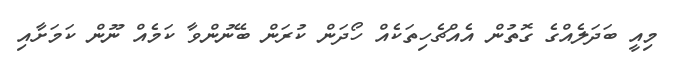
މިއީ ބަދަލެއްގެ ގޮތުން އެއްޗެހިތަކެއް ހޯދަން ކުރަން ބޭނުންވާ ކަމެއް ނޫން ކަމަށާއި